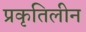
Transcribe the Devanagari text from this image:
प्रकृतिलीन